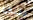
ريني